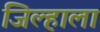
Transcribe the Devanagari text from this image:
जिल्हाला